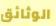
الوثائق